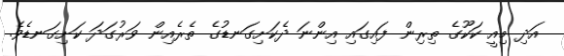
އަދި މިއީ ކަކޫގެ ތިރިން ފައިގައި އިންނަ ދެކަށިގަނޑުގެ ތެރެއިން ވަރުގަދަ ކަށިގަނޑެވެ.